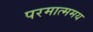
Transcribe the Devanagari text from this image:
परमात्ममय